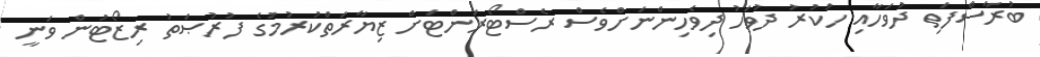
ބުރާސްފަތި ދުވަހާއި ހުކުރު ދުވަހު ދިވެހިންނަށްވެސް ރެސްޓޯރަންޓަށް ޒިޔާރަތްކުރުމުގެ ފުރުޞަތު ރިޒޯޓުން ވަނީ